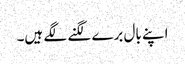
اپنے بال برے لگنے لگے ہیں۔